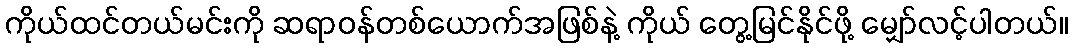
ကိုယ်ထင်တယ်မင်းကို ဆရာဝန်တစ်ယောက်အဖြစ်နဲ့ ကိုယ် တွေ့မြင်နိုင်ဖို့ မျှော်လင့်ပါတယ်။